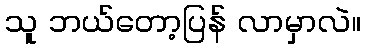
သူ ဘယ်တော့ပြန် လာမှာလဲ။